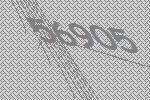
56905